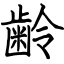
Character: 齢